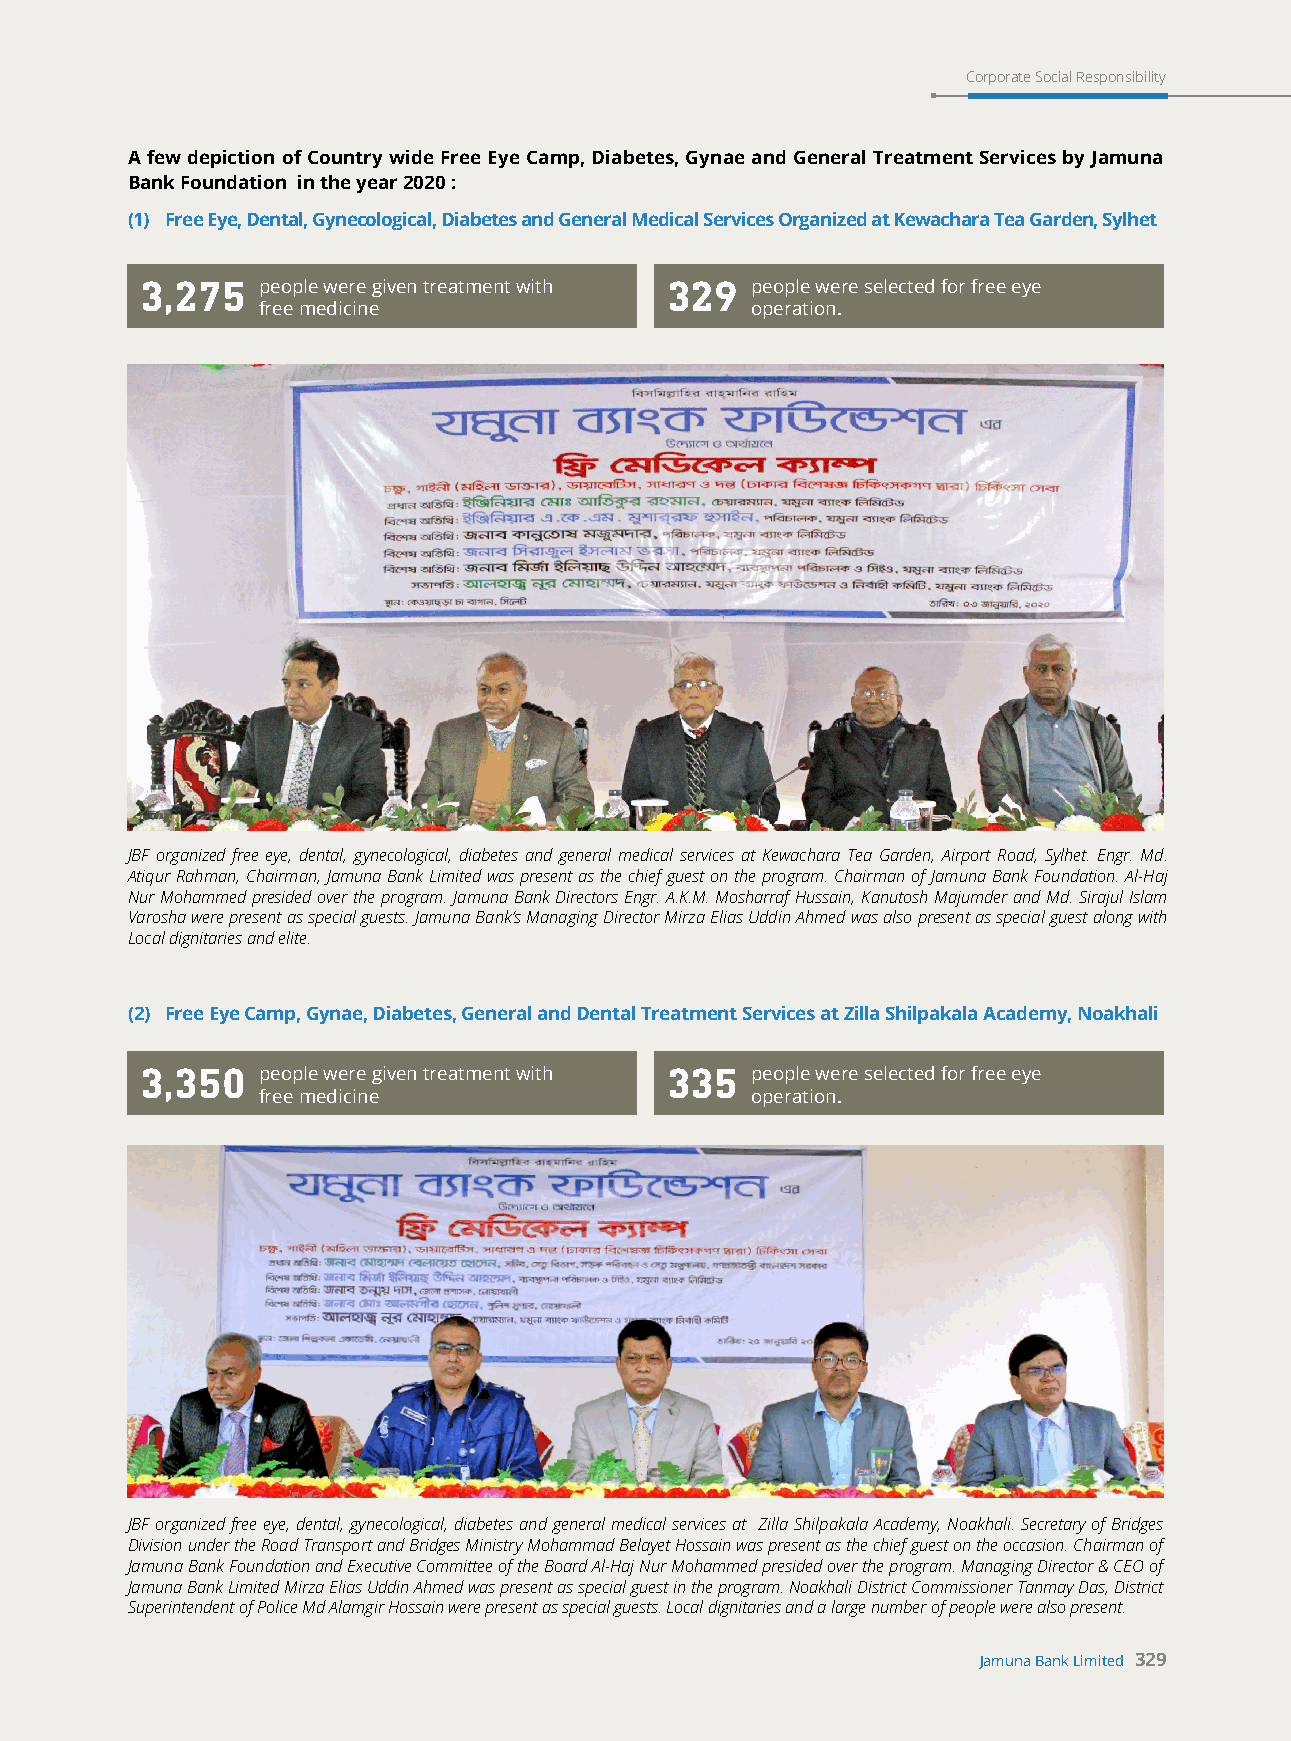
Corporate Social Responsibility
 A few depiction of Country wide Free Eye Camp, Diabetes, Gynae and General Treatment Services by Jamuna
 Bank Foundation in the year 2020 :
 (1) Free Eye, Dental, Gynecological, Diabetes and General Medical Services Organized at Kewachara Tea Garden, Sylhet
 3,275   people were given treatment with 329 people were selected for free eye
 free medicine                    operation.
 JBF organized free eye, dental, gynecological, diabetes and general medical services at Kewachara Tea Garden, Airport Road, Sylhet. Engr. Md.
 Atiqur Rahman, Chairman, Jamuna Bank Limited was present as the chief guest on the program. Chairman of Jamuna Bank Foundation. Al-Haj
 Nur Mohammed presided over the program. Jamuna Bank Directors Engr. A.K.M. Mosharraf Hussain, Kanutosh Majumder and Md. Sirajul Islam
 Varosha were present as special guests. Jamuna Bank’s Managing Director Mirza Elias Uddin Ahmed was also present as special guest along with
 Local dignitaries and elite.
 (2) Free Eye Camp, Gynae, Diabetes, General and Dental Treatment Services at Zilla Shilpakala Academy, Noakhali
 3,350   people were given treatment with 335 people were selected for free eye
 free medicine                    operation.
 JBF organized free eye, dental, gynecological, diabetes and general medical services at Zilla Shilpakala Academy, Noakhali. Secretary of Bridges
 Division under the Road Transport and Bridges Ministry Mohammad Belayet Hossain was present as the chief guest on the occasion. Chairman of
 Jamuna Bank Foundation and Executive Committee of the Board Al-Haj Nur Mohammed presided over the program. Managing Director & CEO of
 Jamuna Bank Limited Mirza Elias Uddin Ahmed was present as special guest in the program. Noakhali District Commissioner Tanmay Das, District
 Superintendent of Police Md Alamgir Hossain were present as special guests. Local dignitaries and a large number of people were also present.
 Jamuna Bank Limited 329